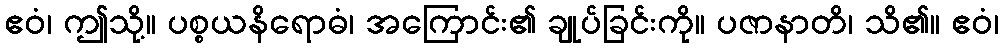
ဧဝံ၊ ဤသို့။ ပစ္စယနိရောဓံ၊ အကြောင်း၏ ချုပ်ခြင်းကို။ ပဇာနာတိ၊ သိ၏။ ဧဝံ၊